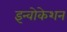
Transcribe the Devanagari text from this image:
इन्वोकेशन